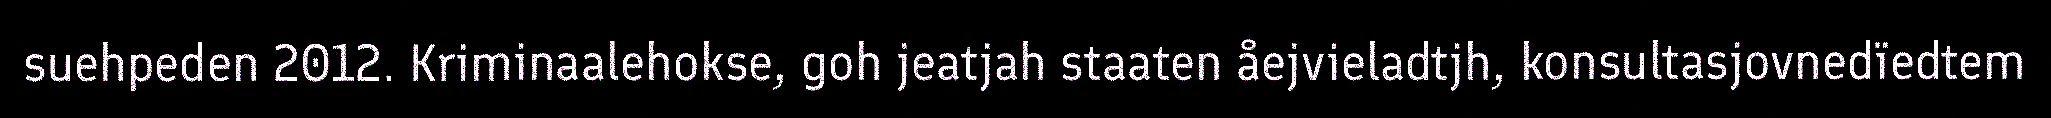
suehpeden 2012. Kriminaalehokse, goh jeatjah staaten åejvieladtjh, konsultasjovnedïedtem